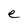
Character: e